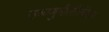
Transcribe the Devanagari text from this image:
उष्ण्णुनीलीसंदेशम्